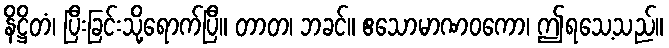
နိဋ္ဌိတံ၊ ပြီးခြင်းသို့ရောက်ပြီ။ တာတ၊ ဘခင်။ ဧသောမာဏဝကော၊ ဤရသေ့သည်။